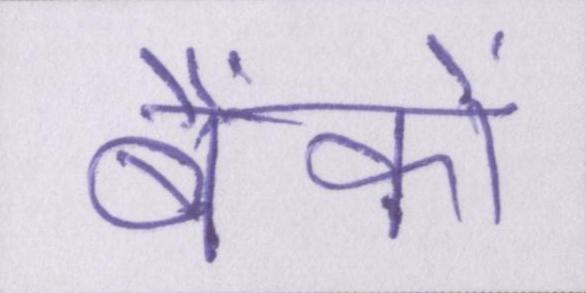
बैंकों